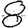
Digit: 8